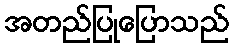
အတည်ပြုပြောသည်